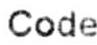
CODE